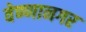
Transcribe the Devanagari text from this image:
वेण्णानगर